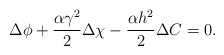
\begin{align*}\Delta \phi +\frac{\alpha \gamma ^{2}}{2}\Delta \chi - \frac{\alpha h^{2}}{2}\Delta C =0. \end{align*}